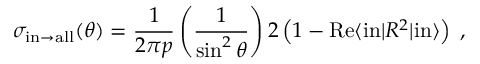
\sigma _ { \mathrm { i n } \to \mathrm { a l l } } ( \theta ) = { \frac { 1 } { 2 \pi p } } \left( { \frac { 1 } { \sin ^ { 2 } { \theta } } } \right) 2 \left( 1 - \mathrm { R e } \langle \mathrm { i n } | { \cal R } ^ { 2 } | \mathrm { i n } \rangle \right) \; ,